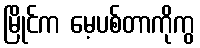
မြိုင်က မေ့ပစ်တာကိုကွ